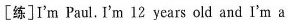
[练]I'm Paul.I'm 12 years old and I'm a